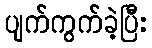
ပျက်ကွက်ခဲ့ပြီး